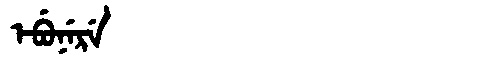
Manchu: ᡝᠪᡠᠨᡝᡵᡝ
Romanization: EBUNERE